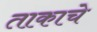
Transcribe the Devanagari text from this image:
ताकाचे